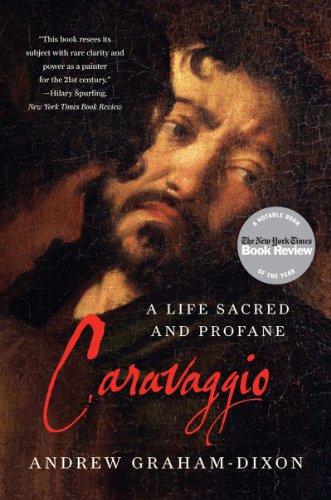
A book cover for Caravaggio: A Life Sacred and Profane; Andrew Graham-Dixon; Biographies & Memoirs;